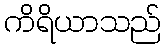
ကိရိယာသည်